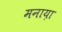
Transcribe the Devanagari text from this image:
मनाय़ा